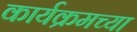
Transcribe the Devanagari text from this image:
कार्यक्रमच्या